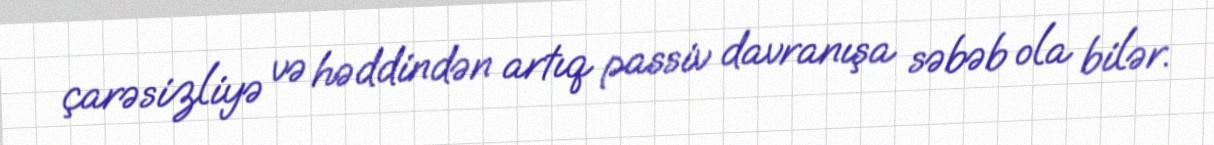
çarəsizliyə və həddindən artıq passiv davranışa səbəb ola bilər.